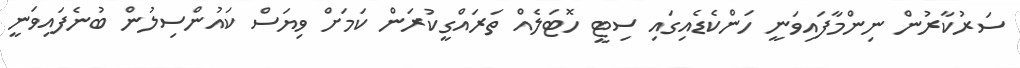
ސަރުކާރުން ނިންމާފައިވަނީ ހަންކެޑެއިގައި ސިޓީ ހޮޓަލެއް ތަރައްގީކުރަން ކަމަށް ވިޔަސް ކައުންސިލުން ބުނެފައިވަނީ